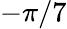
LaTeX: -\pi/7